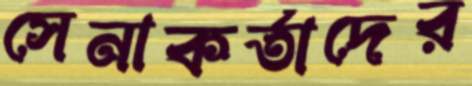
সেনাকর্তাদের